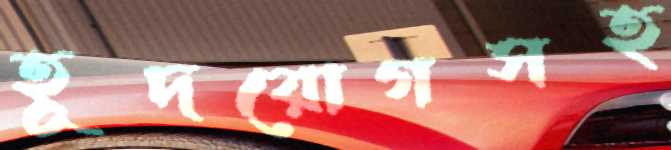
হূদরোগসহ